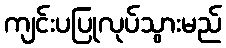
ကျင်းပပြုလုပ်သွားမည်